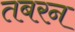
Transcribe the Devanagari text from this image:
तबरन